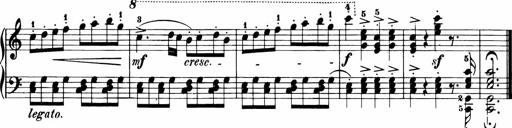
Title: 11 Sonatinas for Piano Solo
Composer: Anton Diabelli